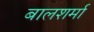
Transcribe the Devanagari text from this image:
बालशर्मा